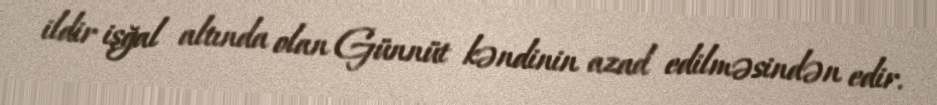
ildir işğal altında olan Günnüt kəndinin azad edilməsindən edir.